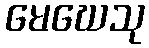
မေဃေသု